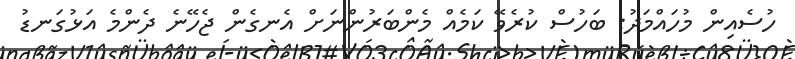
ހުސެއިން މުހައްމަދު: ބަހުސް ކުރެވޭ ކަމެއް މެންބަރުންނަށް އެނގެން ޖެހޭނެ ދެންމެ އަޅުގަނޑު